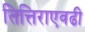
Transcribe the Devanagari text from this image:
तित्तिराएवढी